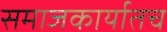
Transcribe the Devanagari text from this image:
समाजकार्यातच